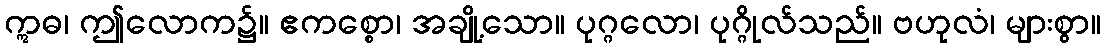
ဣဓ၊ ဤလောက၌။ ဧကစ္စော၊ အချို့သော။ ပုဂ္ဂလော၊ ပုဂ္ဂိုလ်သည်။ ဗဟုလံ၊ များစွာ။